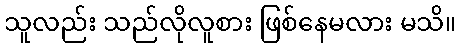
သူလည်း သည်လိုလူစား ဖြစ်နေမလား မသိ။